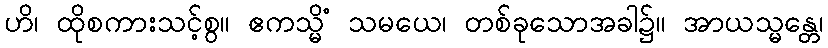
ဟိ၊ ထိုစကားသင့်စွ။ ဧကသ္မိံ သမယေ၊ တစ်ခုသောအခါ၌။ အာယသ္မန္တေ၊